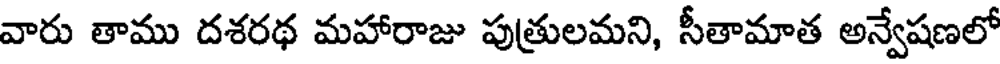
వారు తాము దశరథ మహారాజు పుత్రులమని, సీతామాత అన్వేషణలో